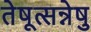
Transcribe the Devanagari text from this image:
तेषूत्सन्नेषु